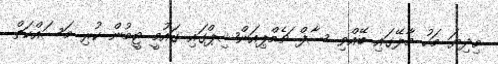
މިދިޔަ މަހު މާލޭގައި ބޭއްވި ސާފް ޗެމްޕިއަންޝިޕްގައި ގައުމީ ޓީމުން ކުރި މަސައްކަތް